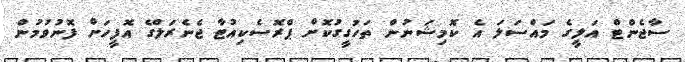
ސާޖެންޓް އަލީގެ މައްސަލަ އެ ކޮމިޝަނުން ތަހުގީގުކޮށް ޕްރޮސެކިއުޓާ ޖެނެރަލްގެ އޮފީހަށް ފޮނުވުމުން